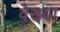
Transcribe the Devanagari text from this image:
वेख्या